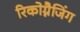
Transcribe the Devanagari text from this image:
रिकोग्नैजिंग